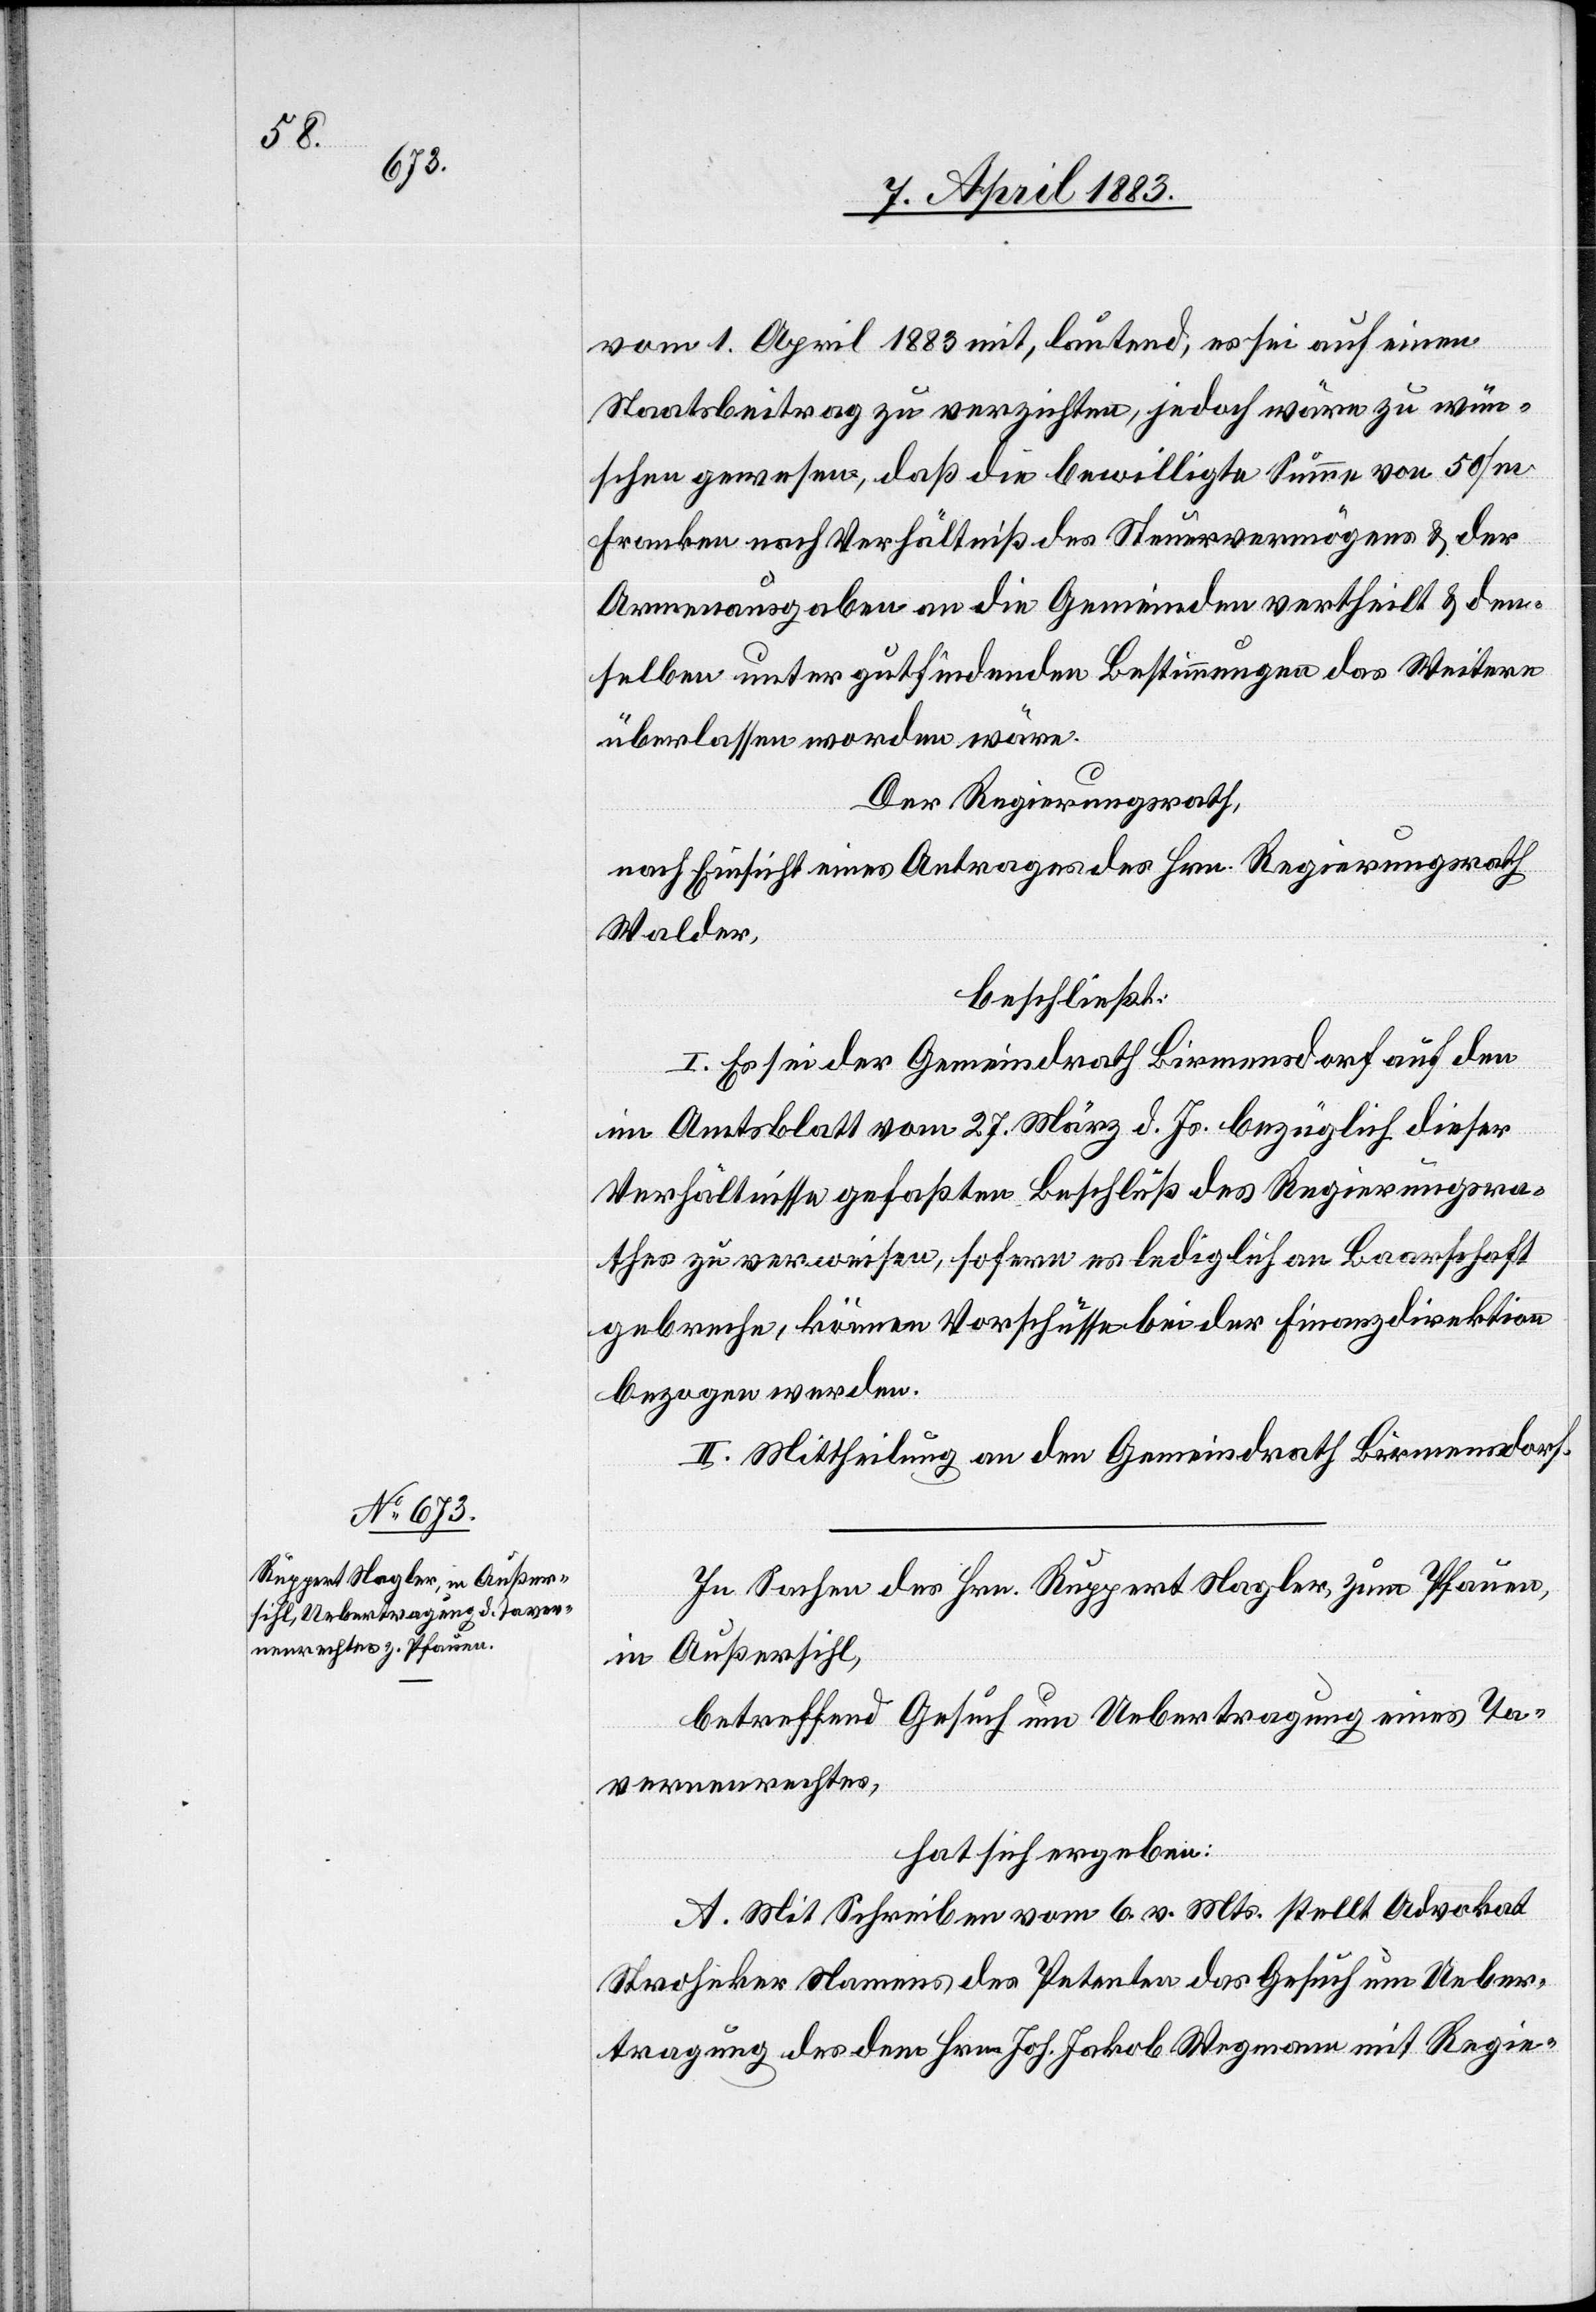
vom 1. April 1883 mit, lautend, es sei auf einen
Staatsbeitrag zu verzichten, jedoch wäre zu wün¬
schen gewesen, daß die bewilligte Summe von 50/m
Franken nach Verhältniß des Steuervermögens & der
Armenausgaben an die Gemeinden vertheilt & den¬
selben unter gutfindenden Bestimmungen das Weitere
überlassen worden wäre.
Der Regierungsrath,
nach Einsicht eines Antrages des Hrn. Regierungsrath
Walder,
beschließt:
I. Es sei der Gemeindrath Birmensdorf auf den
im Amtsblatt vom 27. März d. Js. bezüglich dieser
Verhältnisse gefaßten Beschluß des Regierungsra¬
thes zu verweisen, sofern es lediglich an Baarschaft
gebreche, können Vorschüsse bei der Finanzdirektion
bezogen werden.
II. Mittheilung an den Gemeindrath Birmensdorf.
In Sachen des Hrn. Ruppert Nagler, zum Pfauen,
in Außersihl,
betreffend Gesuch um Uebertragung eines Ta¬
vernenrechtes,
hat sich ergeben:
A. Mit Schreiben vom 6. v. Mts. stellt Advokat
Stroheker Namens des Petenten das Gesuch um Ueber¬
tragung des dem Hrn. Joh. Jakob Wegmann mit Regie-